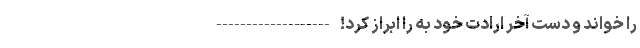
را خواند و دست آخر ارادت خود به را ابراز کرد! -------------------